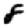
Digit: 8